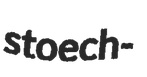
stoech-